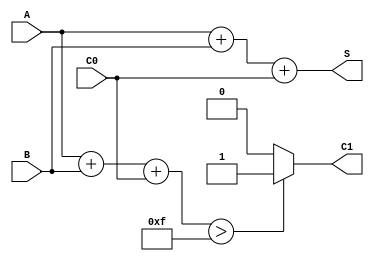
`timescale 1ns / 1ps
//////////////////////////////////////////////////////////////////////////////////
// Company: 
// Engineer: 
// 
// Design Name: 
// Module Name:    test 
// Project Name: 
// Target Devices: 
// Tool versions: 
// Description: 
//
// Dependencies: 
//
// Revision: 
// Revision 0.01 - File Created
// Additional Comments: 
//
//////////////////////////////////////////////////////////////////////////////////
module test(
    C0, A,B,C1,S
    );
	
	
	 input C0;
    input [3:0] A;
    input [3:0] B;
	 output [3:0] S;
	 output C1;
	 reg[3:0] S;
	 reg C1;
	
	 always @(A or B or C0)
	 begin
			S = A + B + C0;
			if(A + B + C0 > 15)
				C1 = 1;
			else
				C1 = 0;
	 end


endmodule